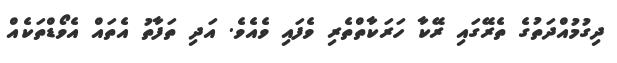
ދިގުމުއްދަތުގެ ތެރޭގައި ރޭކާ ހަރަކާތްތެރި ވެފައި ވެއެވެ. އަދި ތަފާތު އެތައް އެވޯޑްތަކެއް